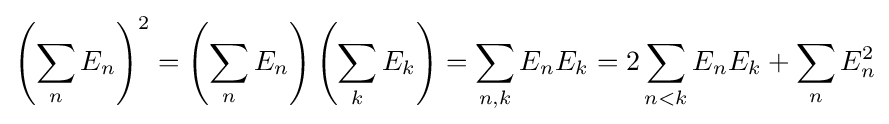
\left(\sum _{n}E_{n}\right)^{2}=\left(\sum _{n}E_{n}\right)\left(\sum _{k}E_{k}\right)=\sum _{n,k}E_{n}E_{k}=2\sum _{n<k}E_{n}E_{k}+\sum _{n}E_{n}^{2}